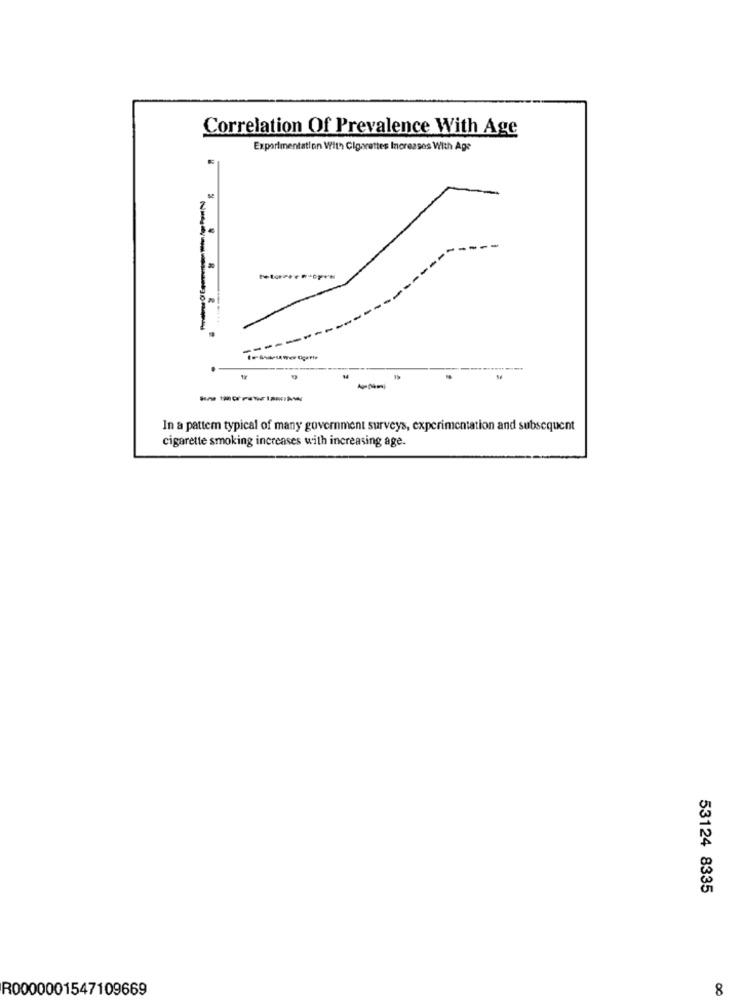
Correlation Of Prevalence With Age
Experimentation With Cigarettes Increases With Age
-----.
In a pattem typical of many government surveys, experimentation and subsequent
cigarette smoking increases with increasing age.
53124 8335
R0000001547109669
8